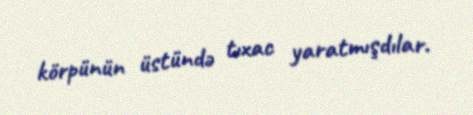
körpünün üstündə tıxac yaratmışdılar.